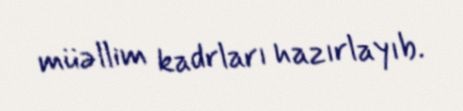
müəllim kadrları hazırlayıb.